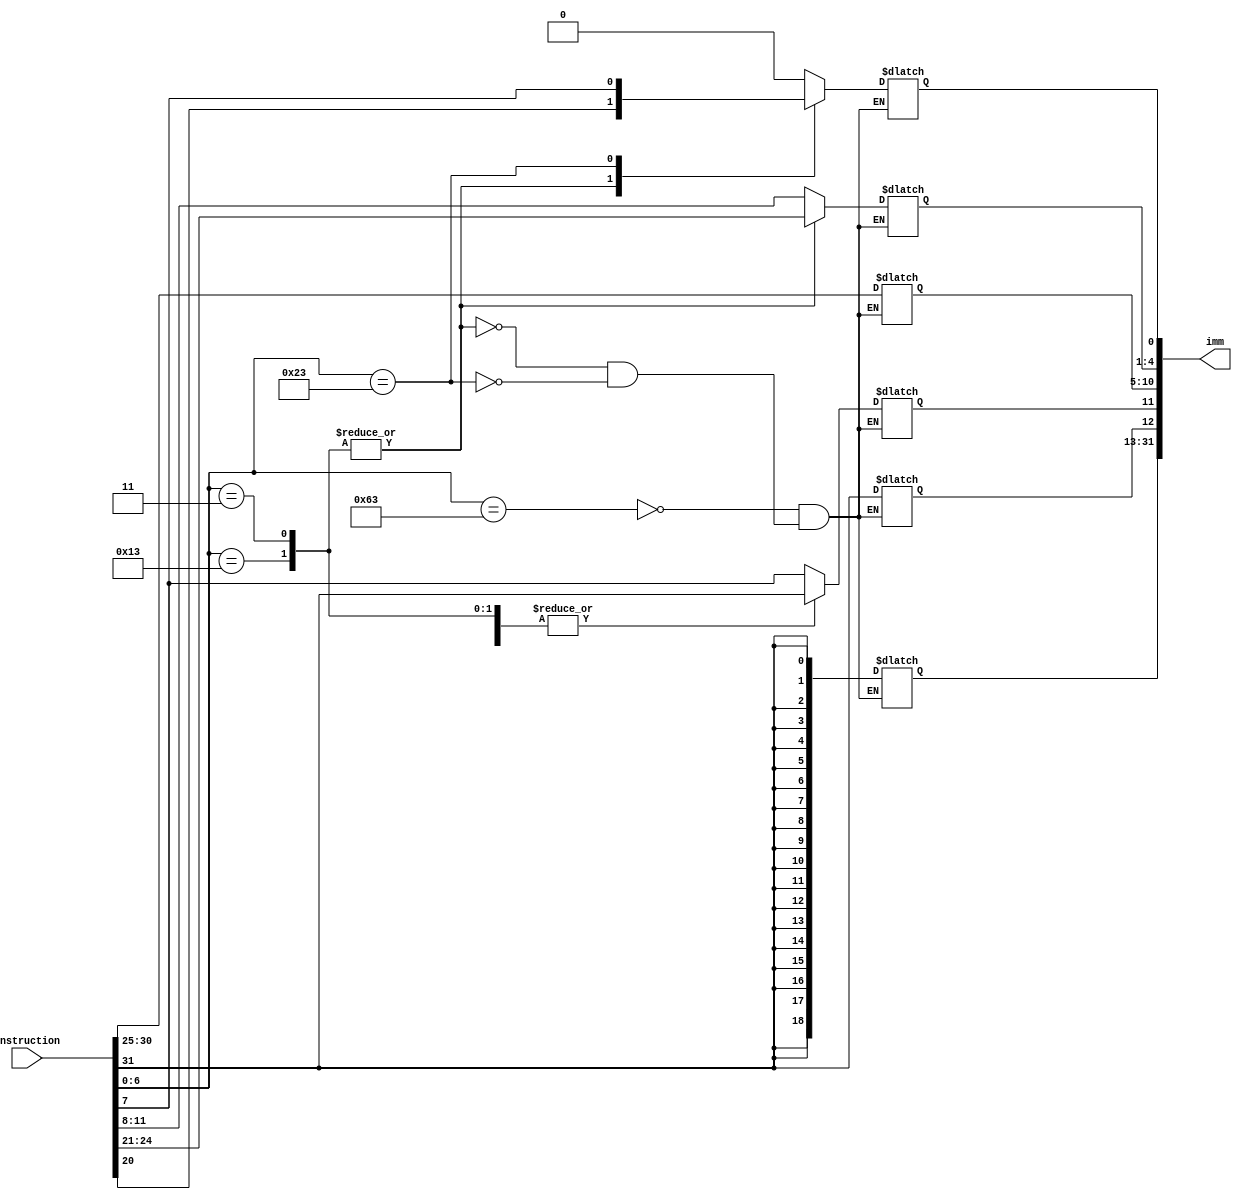
`timescale 1ns / 1ps
//////////////////////////////////////////////////////////////////////////////////
// Company: 
// Engineer: 
// 
// Design Name: 
// Module Name: Imm_Gen
// Project Name: 
// Target Devices: 
// Tool Versions: 
// Description: 
// 
// Dependencies: 
// 
// Revision:
// Revision 0.01 - File Created
// Additional Comments:
// 
//////////////////////////////////////////////////////////////////////////////////


module Imm_Gen(
     input wire [31:0] instruction, // Full instruction
     output reg [31:0] imm // Sign-extended immediate value
);
    wire [6:0] opcode = instruction[6:0];
    
    localparam LD_OPCODE = 7'b0000011;
    localparam ITYPE_OPCODE = 7'b0010011;  
    localparam SD_OPCODE = 7'b0100011;
    localparam SBTYPE_OPCODE = 7'b1100011;
    
 always @(*) begin
 // Extracting bits and placing them in the correct position
    case(opcode)
        SBTYPE_OPCODE: begin
            imm[12] = instruction[31];
            imm[10:5] = instruction[30:25];
            imm[4:1] = instruction[11:8];
            imm[11] = instruction[7];
            imm[0] = 1'b0;
            // Sign-extend the immediate value to 32 bits
            imm[31:13] = {19{imm[12]}};
        end
        
        LD_OPCODE, ITYPE_OPCODE: begin
            imm[11:0] = instruction[31:20];
            imm[31:12] = {20{imm[11]}}; //Replicate the sign bit (bit 12) across the upper bits
        end
        
        SD_OPCODE: begin
            imm[11:5] = instruction[31:25];
            imm[4:0] = instruction[11:7];
            imm[31:12] = {20{imm[11]}};
        end
    endcase 
 end

endmodule